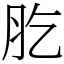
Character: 肐